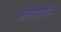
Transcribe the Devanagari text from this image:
आनंदप्राप्ति